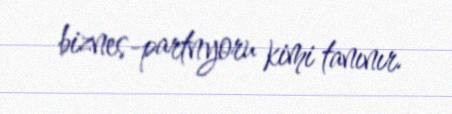
biznes-partnyoru kimi tanınır.